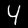
Digit: 4